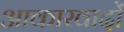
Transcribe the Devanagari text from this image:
आकारवादों